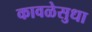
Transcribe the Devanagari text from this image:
कावळेसुधा